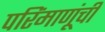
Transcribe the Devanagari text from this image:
परिंमाणूंची